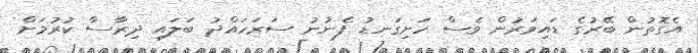
އެގޮތުން ބޭރުގެ ޑައިވަރުން ވެސް ހަށިގަނޑު ފެނުނު ސަރަހައްދު ބަލައި ދިރާސާ ކުރުމަށް